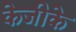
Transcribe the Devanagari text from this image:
केजीके